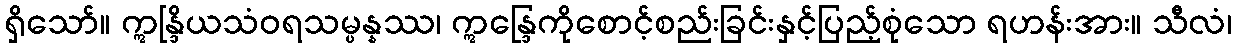
ရှိသော်။ ဣန္ဒြိယသံဝရသမ္ပန္နဿ၊ ဣန္ဒြေကိုစောင့်စည်းခြင်းနှင့်ပြည့်စုံသော ရဟန်းအား။ သီလံ၊